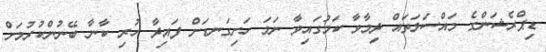
ޑިޕްރެޝަންގެ މައްސަލަތައް ދިމާވާ ކަމުގައިވާ ނަމަ ހަށިގަނޑަށް ފައިދާ ހުރި ކާނާ ބޭނުންކުރުމަށް